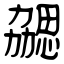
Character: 勰